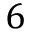
6